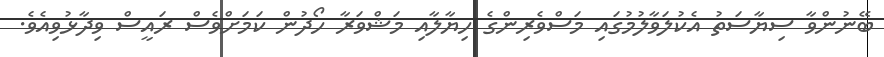
ބޭނުންވާ ސިޔާސަތު އެކުލަވާލުމުގައި މަސްވެރިންގެ ހިޔާލާއި މަޝްވަރާ ހޯދުން ކަމަށްވެސް ރައީސް ވިދާޅުވިއެވެ.